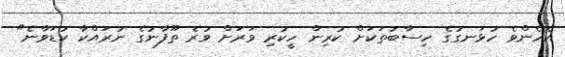
އެހެންވެ ހުޅަނގުގެ ހިސާބުތަކަށް ކުރިން ހީކުރި ވަރަށް ވުރެ ތޫފާނުގެ ނުރައްކާ ކުޑަވާނެ"